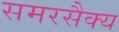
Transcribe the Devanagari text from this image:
समरसैक्य